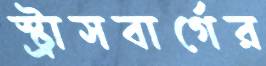
স্ট্রাসবার্গের